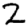
Digit: 2